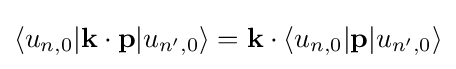
\langle u_{n,0}|\mathbf {k} \cdot \mathbf {p} |u_{n',0}\rangle =\mathbf {k} \cdot \langle u_{n,0}|\mathbf {p} |u_{n',0}\rangle